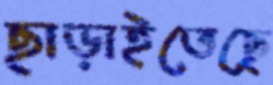
ছাড়াইতেছে